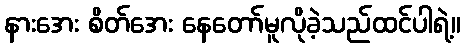
နားအေး စိတ်အေး နေတော်မူလိုခဲ့သည်ထင်ပါရဲ့။